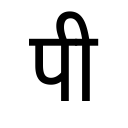
OCR:
पी